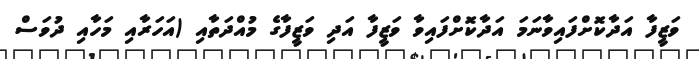
ވަޒީފާ އަދާކޮށްފައިވާނަމަ އަދާކޮށްފައިވާ ވަޒީފާ އަދި ވަޒީފާގެ މުއްދަތާއި (އަހަރާއި މަހާއި ދުވަސް